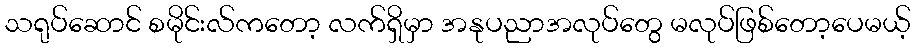
သရုပ်ဆောင် စမိုင်းလ်ကတော့ လက်ရှိမှာ အနုပညာအလုပ်တွေ မလုပ်ဖြစ်တော့ပေမယ့်